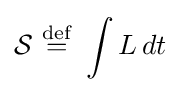
{\mathcal {S}}\ {\stackrel {\mathrm {def} }{=}}\ \int L\,dt